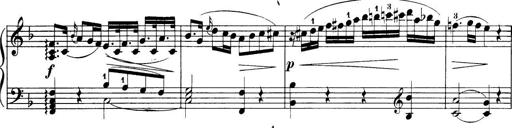
Title: 32 Sonatinas and Rondos for the Piano
Composer: Richard Kleinmichel